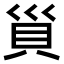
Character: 𧴲